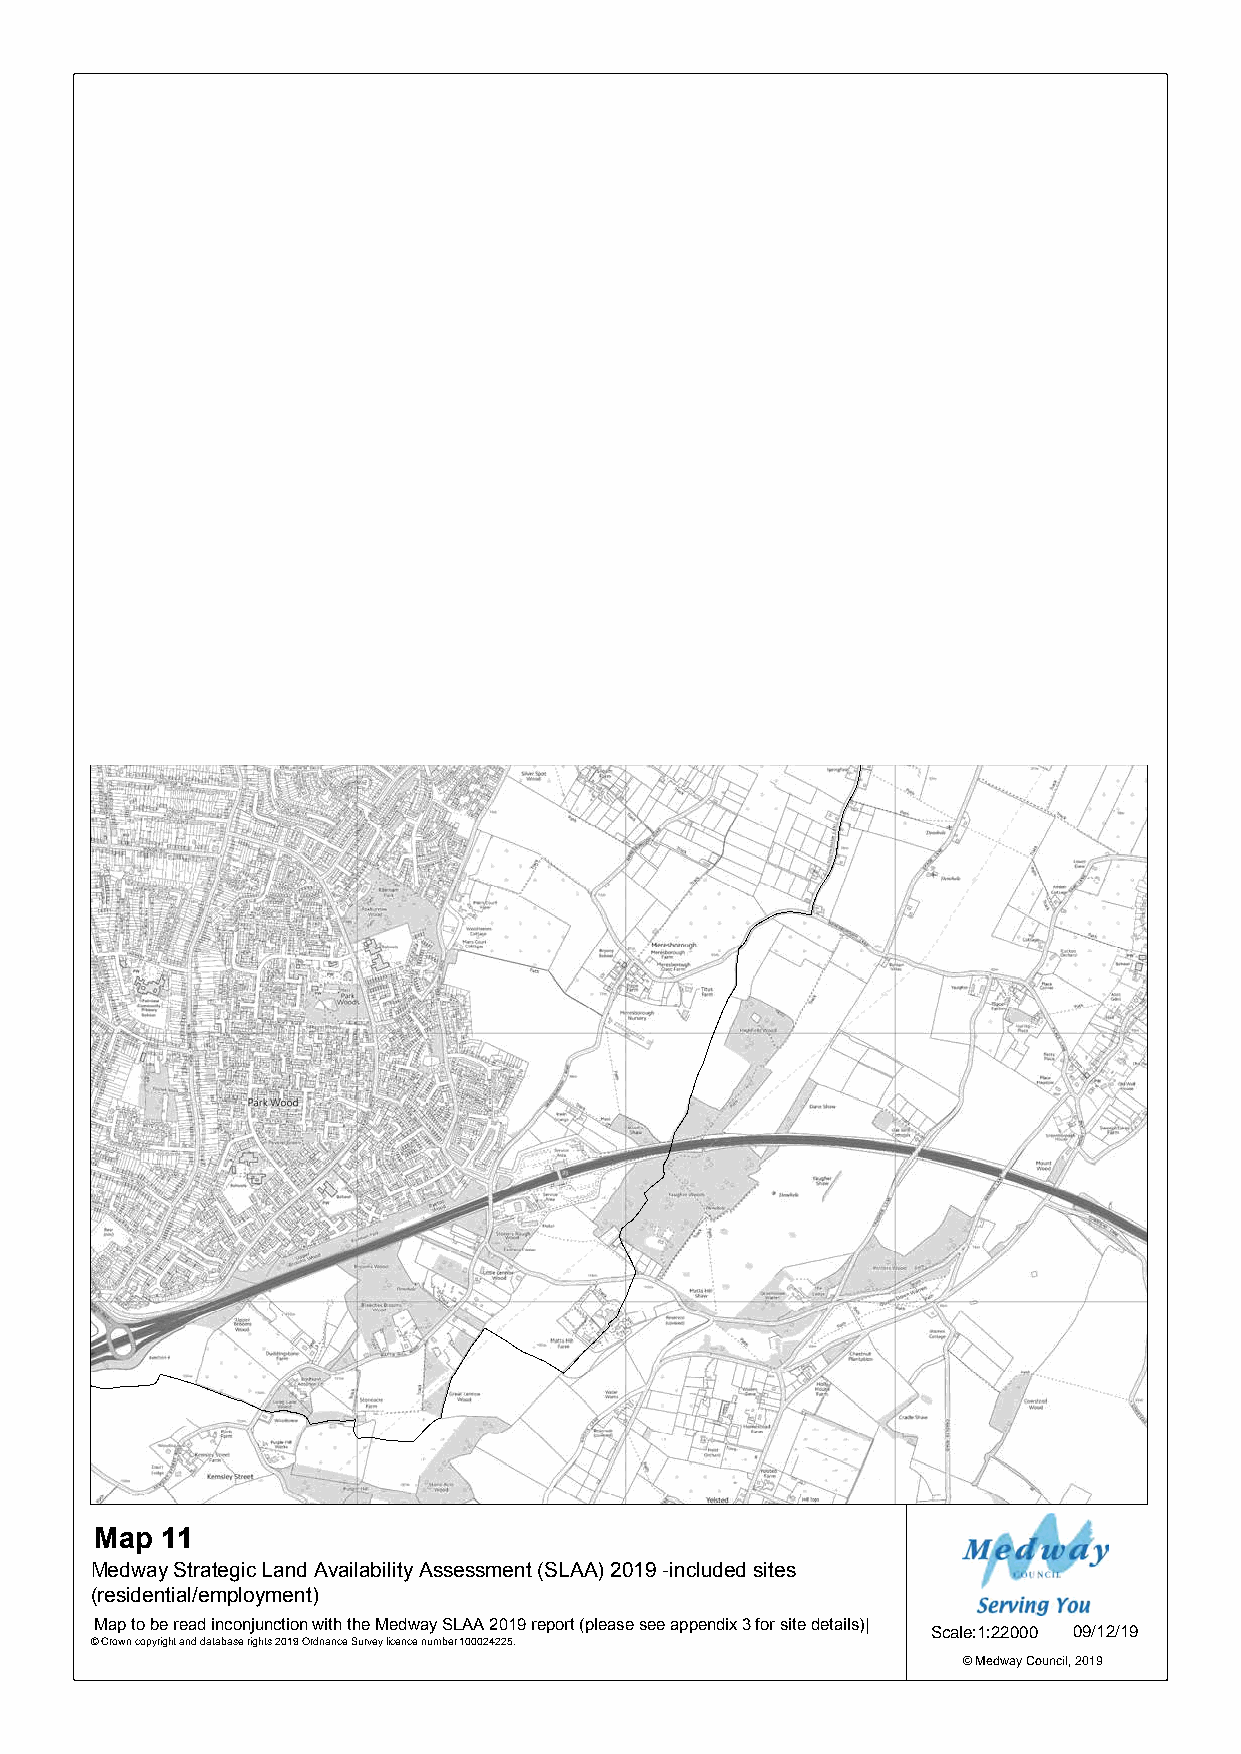
1369
 1165
 0849
 1302
 0800
 0749
 0177
 0182
 1368
 1047
 1286
 Map  11
 Medway Strategic Land Availability Assessment (SLAA) 2019 -included sites
 (residential/employment)
 Map to be read inconjunction with the Medway SLAA 2019 report (please see appendix 3 for site details)| Scale:1:22000 09/12/19
 © Crown copyright and database rights 2019 Ordnance Survey licence number 100024225.
 © Medway Council, 2019